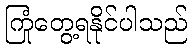
ကြုံတွေ့ရနိုင်ပါသည်